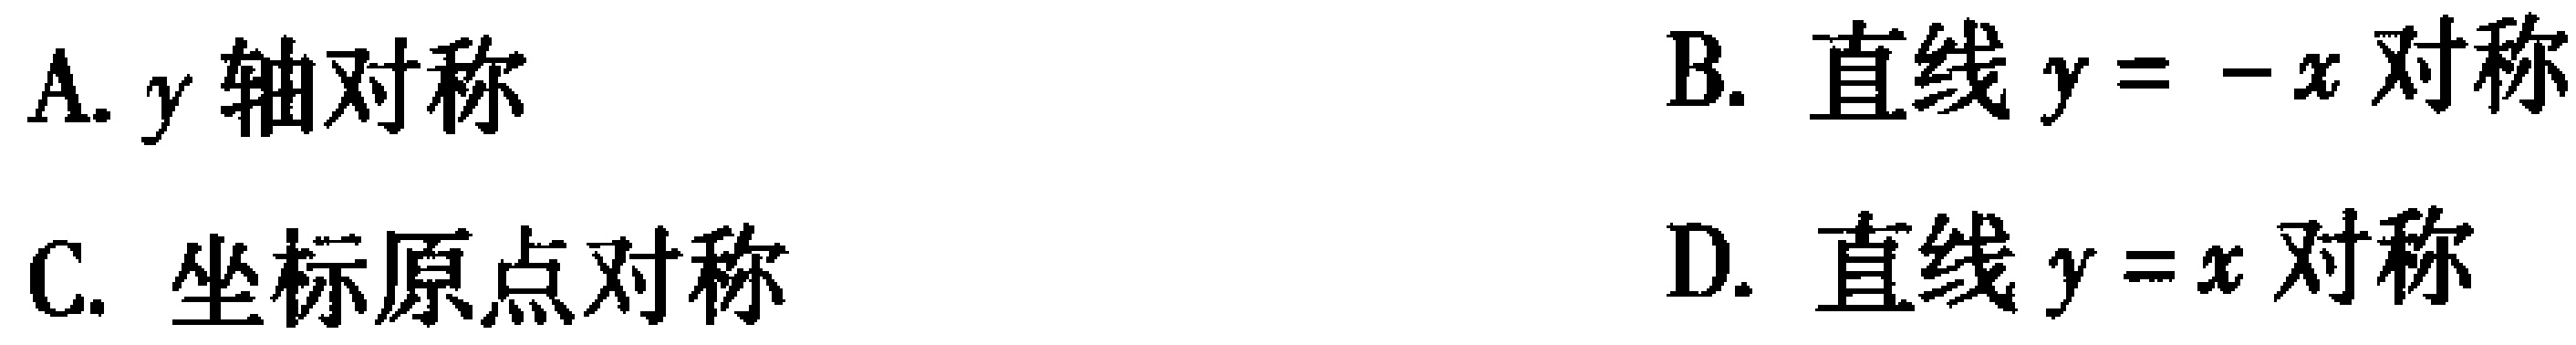
A. $y$轴对称

B. 直线$y = -x$对称

C. 坐标原点对称

D. 直线$y = x$对称